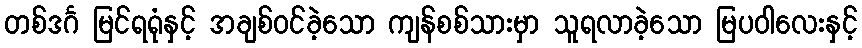
တစ်ဒင်္ဂ မြင်ရရုံနှင့် အချစ်ဝင်ခဲ့သော ကျန်စစ်သားမှာ သူရလာခဲ့သော မြပဝါလေးနှင့်